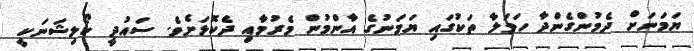
ޔަމަނަށް ދެމުންގެންދާ ހަމަލާ ތަކުގައި ޔަމަނުގެ އާންމުން މެރުމާއި ދެކޮޅަށެވެ. ސައުދީ ކޯލިޝަނަކީ